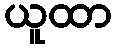
ယူထာ